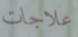
علاجات